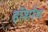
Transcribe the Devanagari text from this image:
हॉर्शाम